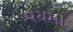
વચમા